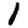
Digit: 1